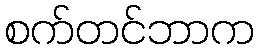
စက်တင်ဘာက